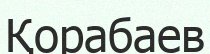
Қорабаев